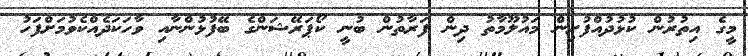
މީގެ އިތުރުން ކުޅުދުއްފުށިން މައުލޫމާތު ދިން ފަރާތުން ބުނީ ކޯޕަރޭޝަންގެ ބޭފުޅުންނާއި ވާހަކަދެއްކެވުމަށްފަހު